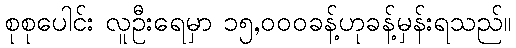
စုစုပေါင်း လူဦးရေမှာ ၁၅,၀၀၀ခန့်ဟုခန့်မှန်းရသည်။